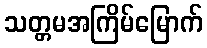
သတ္တမအကြိမ်မြောက်